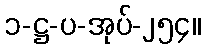
၁-ဋ္ဌ-ပ-အုပ်-၂၅၄။